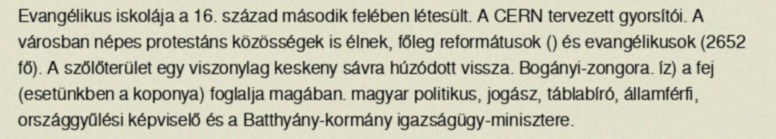
Evangélikus iskolája a 16. század második felében létesült. A CERN tervezett gyorsítói. A városban népes protestáns közösségek is élnek, főleg reformátusok () és evangélikusok (2652 fő). A szőlőterület egy viszonylag keskeny sávra húzódott vissza. Bogányi-zongora. íz) a fej (esetünkben a koponya) foglalja magában. magyar politikus, jogász, táblabíró, államférfi, országgyűlési képviselő és a Batthyány-kormány igazságügy-minisztere.